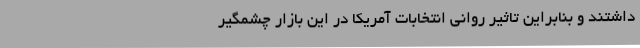
داشتند و بنابراین تاثیر روانی انتخابات آمریکا در این بازار چشمگیر